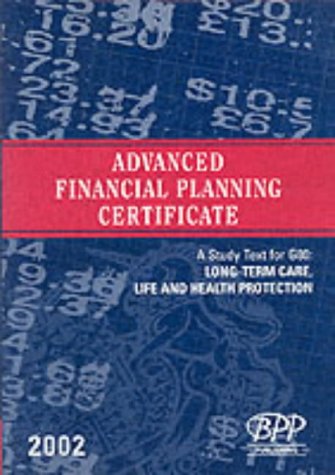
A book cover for Advanced Financial Planning Certificate - G80: Long-Term Care, Life and Health Protection: Study Text (2002); BPP; Business & Money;